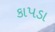
કાપડા